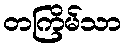
တကြိမ်သာ